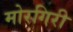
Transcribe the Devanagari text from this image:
मोरगिरी